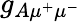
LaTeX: g_{A\mu^{+}\mu^{-}}